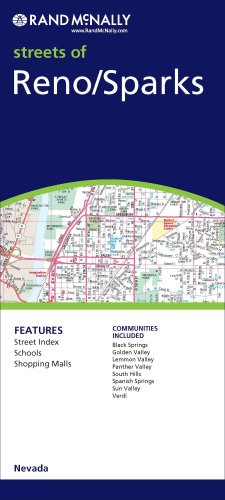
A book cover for FM Reno/Sparks, NV (Rand McNally Folded Map: Cities); Rand McNally; Travel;